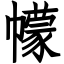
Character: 幪